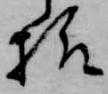
様